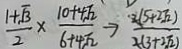
\frac { 1 + \sqrt { 3 } } { 2 } \times \frac { 1 0 + 4 \sqrt { 2 } } { 6 + 4 \sqrt { 2 } } \rightarrow \frac { 2 ( 5 + 2 \sqrt { 2 } ) } { 2 ( 3 + 2 \sqrt { 2 } ) }